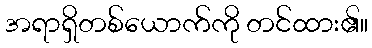
အရာရှိတစ်ယောက်ကို တင်ထား၏။